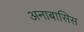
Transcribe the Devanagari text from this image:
अनाबासिस